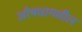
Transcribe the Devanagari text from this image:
औषधामधील